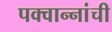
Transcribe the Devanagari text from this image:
पक्वान्‍नांची